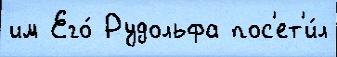
им Его́ Рудольфа пос'ет'и́л